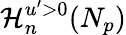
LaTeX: \mathcal{H}_{n}^{u^{\prime}>0}(N_{p})